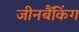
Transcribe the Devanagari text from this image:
जीनबैंकिंग